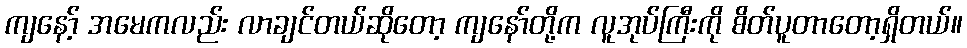
ကျနော့် အမေကလည်း လာချင်တယ်ဆိုတော့ ကျနော်တို့က လူအုပ်ကြီးကို စိတ်ပူတာတော့ရှိတယ်။